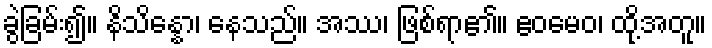
ခွဲခြမ်း၍။ နိသိန္နော၊ နေသည်။ အဿ၊ ဖြစ်ရာ၏။ ဧဝမေဝ၊ ထို့အတူ။